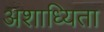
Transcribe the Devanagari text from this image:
अशाध्यिता